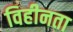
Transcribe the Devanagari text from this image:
विहीनता